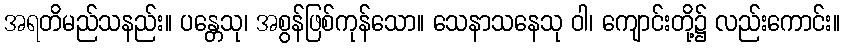
အရတိမည်သနည်း။ ပန္တေသု၊ အစွန်ဖြစ်ကုန်သော။ သေနာသနေသု ဝါ၊ ကျောင်းတို့၌ လည်းကောင်း။